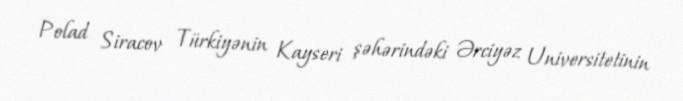
Polad Siracov Türkiyənin Kayseri şəhərindəki Ərciyəz Universitetinin